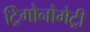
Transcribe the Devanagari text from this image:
ट्रिगोनोमेट्री